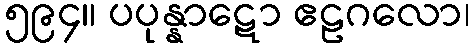
၅၉၄။ ပပုန္နာဋော ဧဠဂလော၊